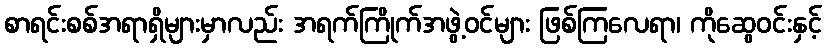
စာရင်းစစ်အရာရှိများမှာလည်း အရက်ကြိုက်အဖွဲ့ဝင်များ ဖြစ်ကြလေရာ၊ ကိုဆွေဝင်းနှင့်